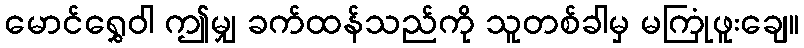
မောင်ရွှေဝါ ဤမျှ ခက်ထန်သည်ကို သူတစ်ခါမှ မကြုံဖူးချေ။